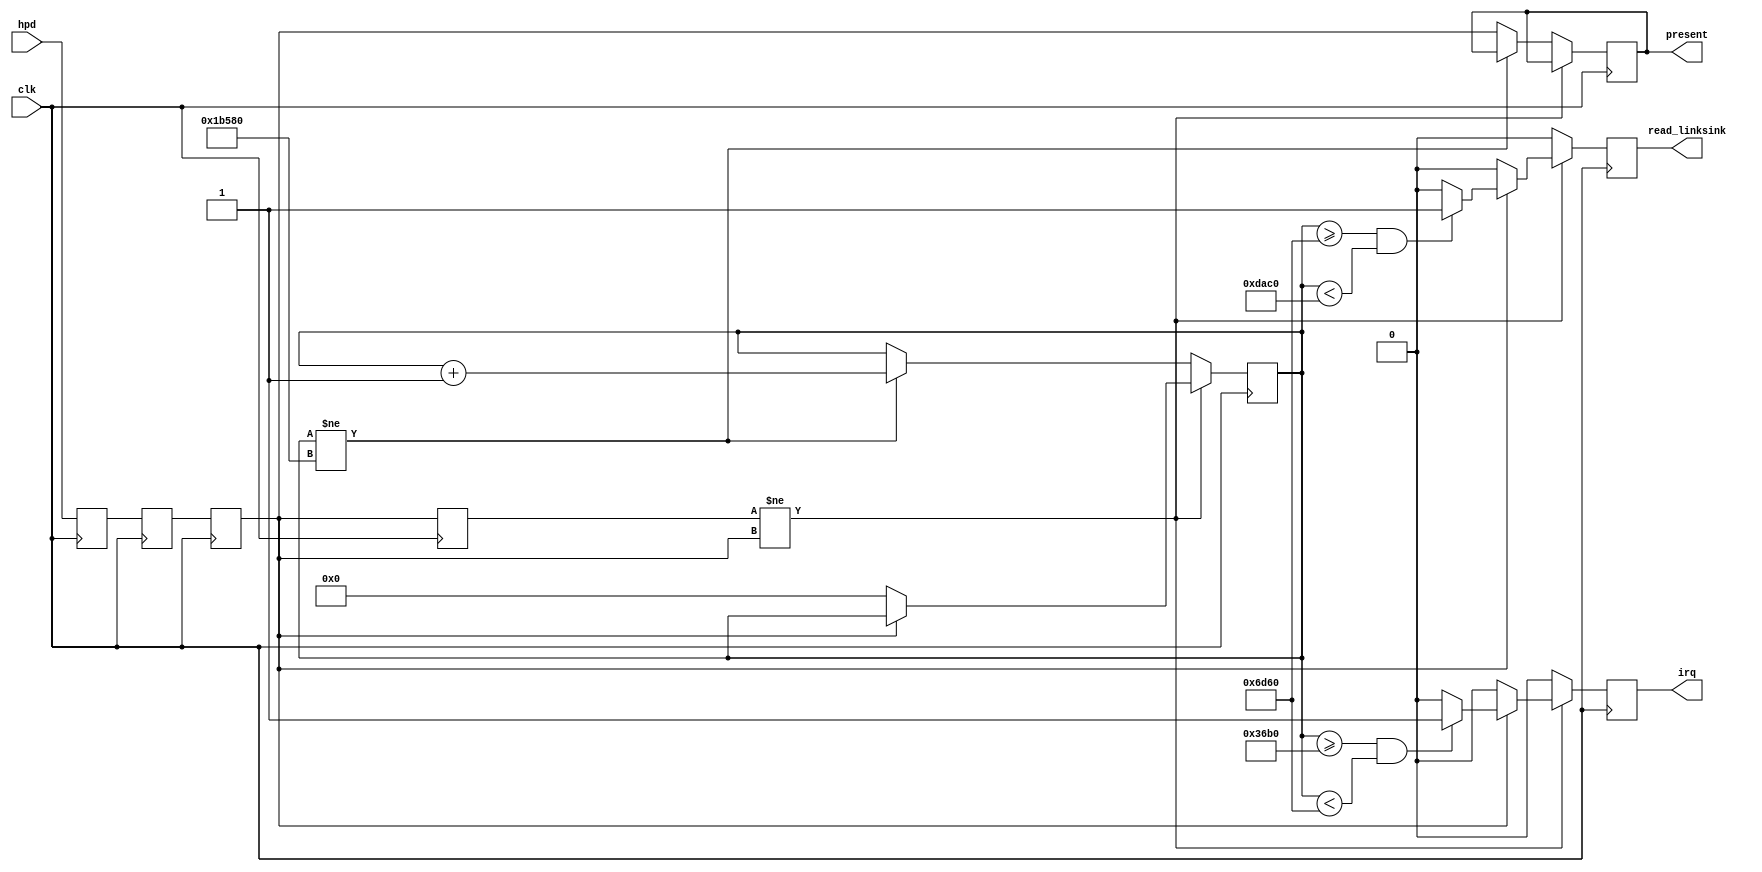
// This program was cloned from: https://github.com/robinsonb5/DeMiSTify
// License: GNU General Public License v3.0

///////////////////////////////////////////////////////////////////////////////
// ./src/auxch/hotplug_decode.v : 
//
//
// Part of the DisplayPort_Verlog project - an open implementation of the 
// DisplayPort protocol for FPGA boards. 
//
// See https://github.com/hamsternz/DisplayPort_Verilog for latest versions.
//
///////////////////////////////////////////////////////////////////////////////
// Version |  Notes
// ----------------------------------------------------------------------------
//   1.0   | Initial Release
//
///////////////////////////////////////////////////////////////////////////////
//
// MIT License
// 
// Copyright (c) 2019 Mike Field
// 
// Permission is hereby granted, free of charge, to any person obtaining a copy
// of this software and associated documentation files (the "Software"), to deal
// in the Software without restriction, including without limitation the rights
// to use, copy, modify, merge, publish, distribute, sublicense, and/or sell
// copies of the Software, and to permit persons to whom the Software is
// furnished to do so, subject to the following conditions:
// 
// The above copyright notice and this permission notice shall be included in all
// copies or substantial portions of the Software.
// 
// THE SOFTWARE IS PROVIDED "AS IS", WITHOUT WARRANTY OF ANY KIND, EXPRESS OR
// IMPLIED, INCLUDING BUT NOT LIMITED TO THE WARRANTIES OF MERCHANTABILITY,
// FITNESS FOR A PARTICULAR PURPOSE AND NONINFRINGEMENT. IN NO EVENT SHALL THE
// AUTHORS OR COPYRIGHT HOLDERS BE LIABLE FOR ANY CLAIM, DAMAGES OR OTHER
// LIABILITY, WHETHER IN AN ACTION OF CONTRACT, TORT OR OTHERWISE, ARISING FROM,
// OUT OF OR IN CONNECTION WITH THE SOFTWARE OR THE USE OR OTHER DEALINGS IN THE
// SOFTWARE.
//
///////////////////////////////////////////////////////////////////////////////
//
// Want to say thanks?
//
// This design has taken many hours - 3 months of work for the initial VHDL
// design, and another month or so to convert it to Verilog for this release.
//
// I'm more than happy to share it if you can make use of it. It is released
// under the MIT license, so you are not under any onus to say thanks, but....
//
// If you what to say thanks for this design either drop me an email, or how about
// trying PayPal to my email (hamster@snap.net.nz)?
//
//  Educational use - Enough for a beer
//  Hobbyist use    - Enough for a pizza
//  Research use    - Enough to take the family out to dinner
//  Commercial use  - A weeks pay for an engineer (I wish!)
//
///////////////////////////////////////////////////////////////////////////////
`timescale 1ns / 1ps
//`default_nettype none

module hotplug_decode (
    input wire  clk,
    input wire  hpd,
    output reg irq,
    output reg read_linksink,
    output reg present
);

   reg hpd_meta1, hpd_meta2;
   reg hpd_synced;
   reg hpd_last;

   reg [18:0] pulse_count;

   parameter [26:0] CLKPERMICROSECOND = 27'd28;

  initial begin
      hpd_meta1    = 1'b0;
      hpd_meta2    = 1'b0;
      hpd_synced   = 1'b0;
      hpd_last     = 1'b1;
      pulse_count  = 19'b0;
      present      = 1'b0;
      irq          = 1'b0;
      read_linksink = 1'b0;
  end 
  
  always @(posedge clk) begin
    hpd_last   <= hpd_synced;
    hpd_synced <= hpd_meta2;
    hpd_meta2  <= hpd_meta1;
    hpd_meta1  <= hpd;
  
    if (irq == 1'b1)
      irq <= 1'b0;
    if (read_linksink == 1'b1)
      read_linksink <= 1'b0;
    
    if (hpd_last != hpd_synced) begin
      if (hpd_synced == 1'b0)
        pulse_count <= 19'd0;
      else begin
        if (pulse_count >= 500*CLKPERMICROSECOND && pulse_count < 1000*CLKPERMICROSECOND)
          irq <= 1'b1;
        if (pulse_count >= 1000*CLKPERMICROSECOND && pulse_count < 2000*CLKPERMICROSECOND)
          read_linksink <= 1'b1;
      end
    end
    else begin
      if (pulse_count != 4000*CLKPERMICROSECOND)
        pulse_count = pulse_count + 19'd1;
      else
        present <= hpd_synced;
    end
  end
endmodule

//`default_nettype wire